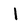
Character: I